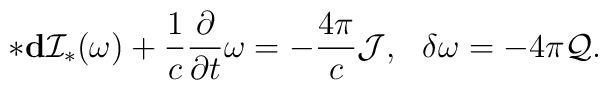
*{\bf d}{\cal I}_*(\omega)+\frac {1}{c} \frac {\partial }{\partial t}\omega=-\frac {4\pi}{c}{\cal J},\ \ \delta \omega =-4\pi {\cal Q}.